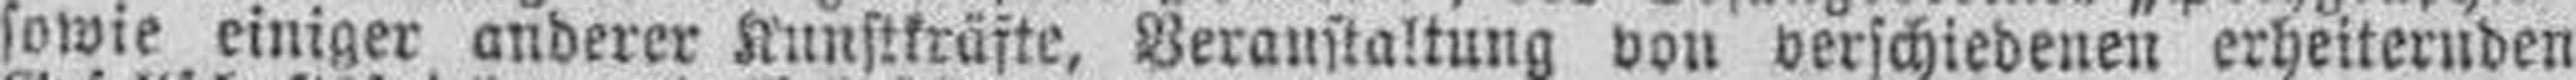
sowie einiger anderer Kunstkräfte, Veranstaltung von verschiedenen erheiternden